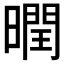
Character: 𣋆